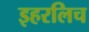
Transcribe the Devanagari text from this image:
इहरलिच